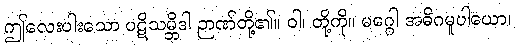
ဤလေးပါးသော ပဋိသမ္ဘိဒါ ဉာဏ်တို့၏။ ဝါ၊ တို့ကို။ မဂ္ဂေါ အဓိဂမူပါယော၊